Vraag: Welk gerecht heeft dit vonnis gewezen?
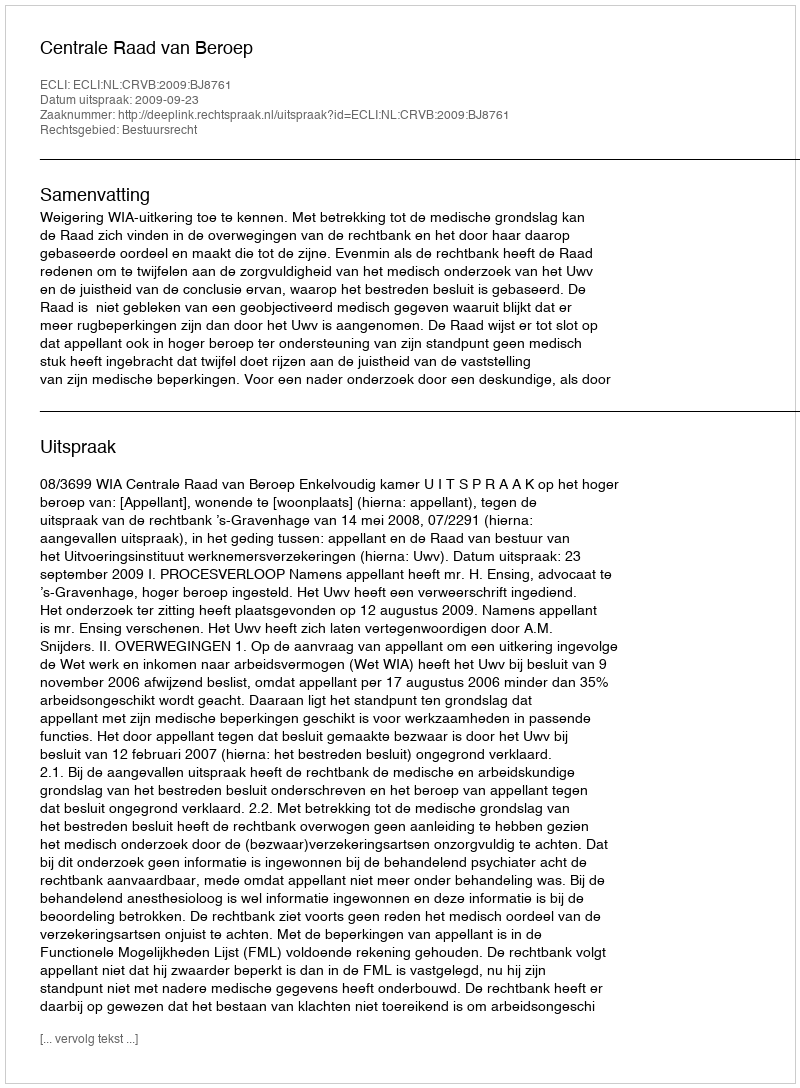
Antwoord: Centrale Raad van Beroep